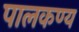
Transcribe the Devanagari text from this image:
पालकण्य